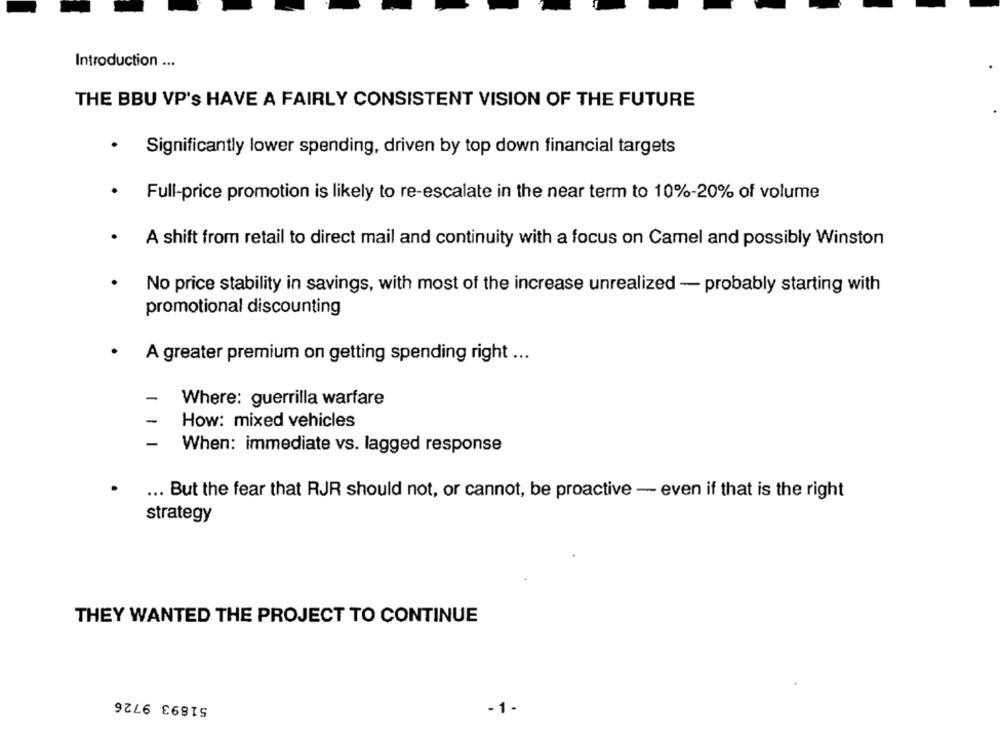
Introduction ...
THE BBU VP's HAVE A FAIRLY CONSISTENT VISION OF THE FUTURE
· Significantly lower spending, driven by top down financial targets
.
Full-price promotion is likely to re-escalate in the near term to 10%-20% of volume
A shift from retail to direct mail and continuity with a focus on Camel and possibly Winston
No price stability in savings, with most of the increase unrealized - probably starting with
promotional discounting
.
A greater premium on getting spending right ...
-
Where: guerrilla warfare
-
How: mixed vehicles
-
When: immediate vs. lagged response
... But the fear that RJR should not, or cannot, be proactive - even if that is the right
strategy
THEY WANTED THE PROJECT TO CONTINUE
51893 9726
-1-